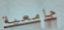
جامعية